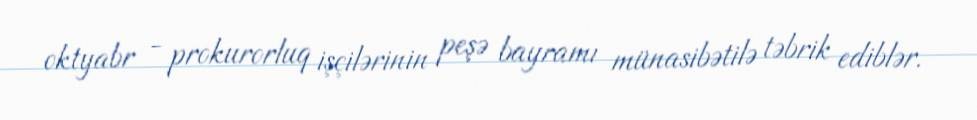
oktyabr - prokurorluq işçilərinin peşə bayramı münasibətilə təbrik ediblər.